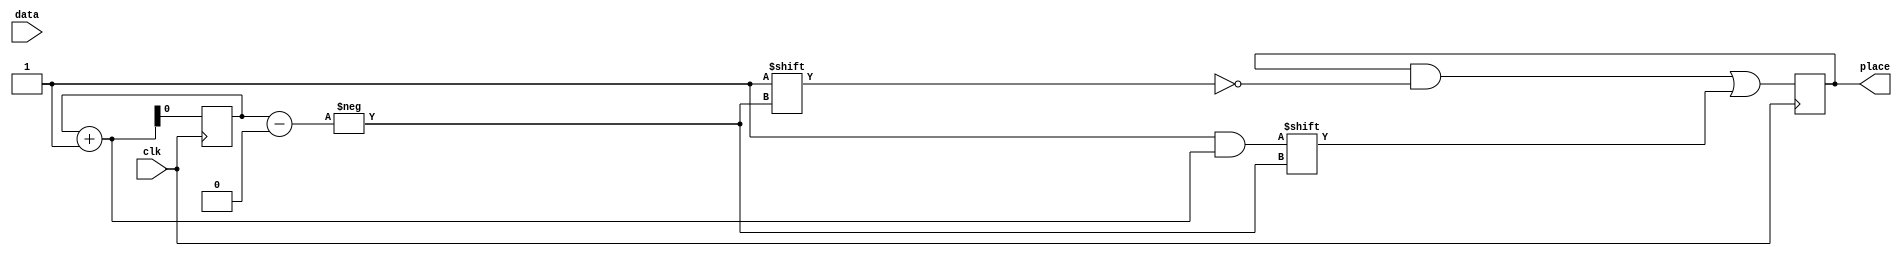
module shif_register #(parameter WIDTH=32)(data,clk,place);
input  data;
input clk;
output reg [WIDTH-1:0]place;
reg i=0;
always @(negedge clk)
begin
	place[i]=i+1;
	i=i+1;
end
endmodule